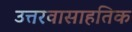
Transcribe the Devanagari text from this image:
उत्तरवासाहतिक